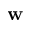
\bf { w }